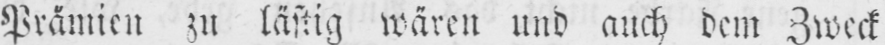
Prämien zu lästig wären und auch dem Zweck